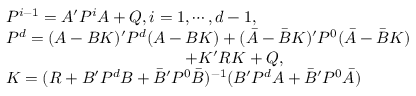
\begin{array} { r l } & { P ^ { i - 1 } = A ^ { \prime } P ^ { i } A + Q , i = 1 , \cdots , d - 1 , } \\ & { P ^ { d } = ( A - B K ) ^ { \prime } P ^ { d } ( A - B K ) + ( \bar { A } - \bar { B } K ) ^ { \prime } P ^ { 0 } ( \bar { A } - \bar { B } K ) } \\ & { ~ ~ ~ ~ ~ ~ ~ ~ ~ ~ ~ ~ ~ ~ ~ ~ ~ ~ ~ ~ ~ ~ ~ ~ ~ ~ ~ ~ ~ ~ ~ ~ ~ + K ^ { \prime } R K + Q , } \\ & { K = ( R + B ^ { \prime } P ^ { d } B + \bar { B } ^ { \prime } P ^ { 0 } \bar { B } ) ^ { - 1 } ( B ^ { \prime } P ^ { d } A + \bar { B } ^ { \prime } P ^ { 0 } \bar { A } ) } \end{array}